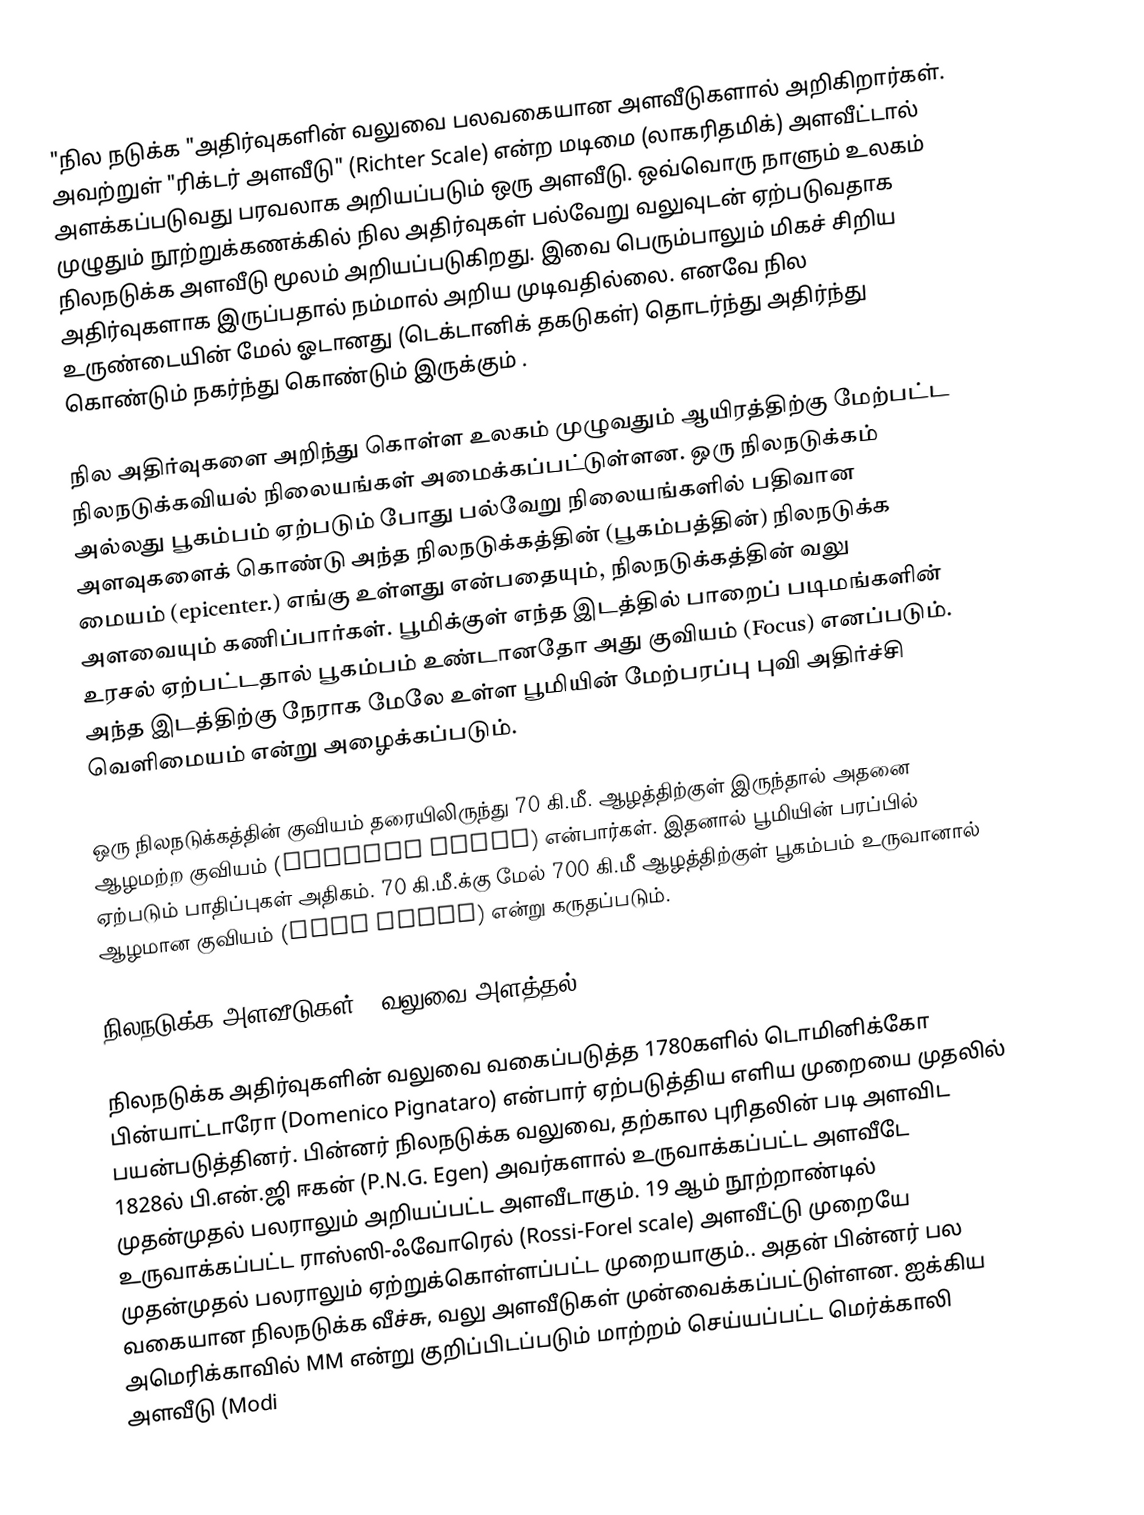
"நில நடுக்க "அதிர்வுகளின் வலுவை பலவகையான அளவீடுகளால் அறிகிறார்கள்.  அவற்றுள் "ரிக்டர் அளவீடு" (Richter Scale) என்ற மடிமை (லாகரிதமிக்) அளவீட்டால் அளக்கப்படுவது பரவலாக அறியப்படும் ஒரு அளவீடு. ஒவ்வொரு நாளும் உலகம் முழுதும் நூற்றுக்கணக்கில் நில அதிர்வுகள் பல்வேறு வலுவுடன் ஏற்படுவதாக நிலநடுக்க அளவீடு மூலம் அறியப்படுகிறது. இவை பெரும்பாலும் மிகச் சிறிய அதிர்வுகளாக இருப்பதால் நம்மால் அறிய முடிவதில்லை. எனவே நில உருண்டையின் மேல் ஓடானது (டெக்டானிக் தகடுகள்) தொடர்ந்து அதிர்ந்து கொண்டும் நகர்ந்து கொண்டும்  இருக்கும் .

நில அதிர்வுகளை அறிந்து கொள்ள உலகம் முழுவதும் ஆயிரத்திற்கு மேற்பட்ட நிலநடுக்கவியல் நிலையங்கள் அமைக்கப்பட்டுள்ளன. ஒரு நிலநடுக்கம் அல்லது பூகம்பம் ஏற்படும் போது பல்வேறு நிலையங்களில் பதிவான அளவுகளைக் கொண்டு அந்த நிலநடுக்கத்தின் (பூகம்பத்தின்) நிலநடுக்க மையம் (epicenter.) எங்கு உள்ளது என்பதையும், நிலநடுக்கத்தின் வலு அளவையும் கணிப்பார்கள். பூமிக்குள் எந்த இடத்தில் பாறைப் படிமங்களின் உரசல் ஏற்பட்டதால் பூகம்பம் உண்டானதோ அது குவியம் (Focus) எனப்படும். அந்த இடத்திற்கு நேராக மேலே உள்ள பூமியின் மேற்பரப்பு புவி அதிர்ச்சி வெளிமையம் என்று அழைக்கப்படும்.

ஒரு நிலநடுக்கத்தின் குவியம் தரையிலிருந்து 70 கி.மீ. ஆழத்திற்குள் இருந்தால் அதனை ஆழமற்ற குவியம் (Shallow focus) என்பார்கள். இதனால் பூமியின் பரப்பில் ஏற்படும் பாதிப்புகள் அதிகம். 70 கி.மீ.க்கு மேல் 700 கி.மீ ஆழத்திற்குள் பூகம்பம் உருவானால் ஆழமான குவியம் (Deep focus) என்று கருதப்படும்.

நிலநடுக்க அளவீடுகள் - வலுவை அளத்தல்

நிலநடுக்க அதிர்வுகளின் வலுவை வகைப்படுத்த 1780களில் டொமினிக்கோ பின்யாட்டாரோ (Domenico Pignataro) என்பார் ஏற்படுத்திய எளிய முறையை முதலில் பயன்படுத்தினர். பின்னர் நிலநடுக்க வலுவை, தற்கால புரிதலின் படி அளவிட 1828ல் பி.என்.ஜி ஈகன் (P.N.G. Egen) அவர்களால் உருவாக்கப்பட்ட அளவீடே முதன்முதல் பலராலும் அறியப்பட்ட அளவீடாகும். 19 ஆம் நூற்றாண்டில் உருவாக்கப்பட்ட ராஸ்ஸி-ஃவோரெல் (Rossi-Forel scale) அளவீட்டு முறையே முதன்முதல் பலராலும் ஏற்றுக்கொள்ளப்பட்ட முறையாகும்.. அதன் பின்னர் பல வகையான நிலநடுக்க வீச்சு, வலு அளவீடுகள் முன்வைக்கப்பட்டுள்ளன. ஐக்கிய அமெரிக்காவில் MM என்று குறிப்பிடப்படும் மாற்றம் செய்யப்பட்ட மெர்க்காலி அளவீடு (Modi